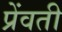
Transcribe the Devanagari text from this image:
प्रेंवती